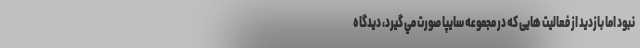
نبود اما بازديد از فعاليت هايی كه در مجموعه سايپا صورت مي گيرد، ديدگاه